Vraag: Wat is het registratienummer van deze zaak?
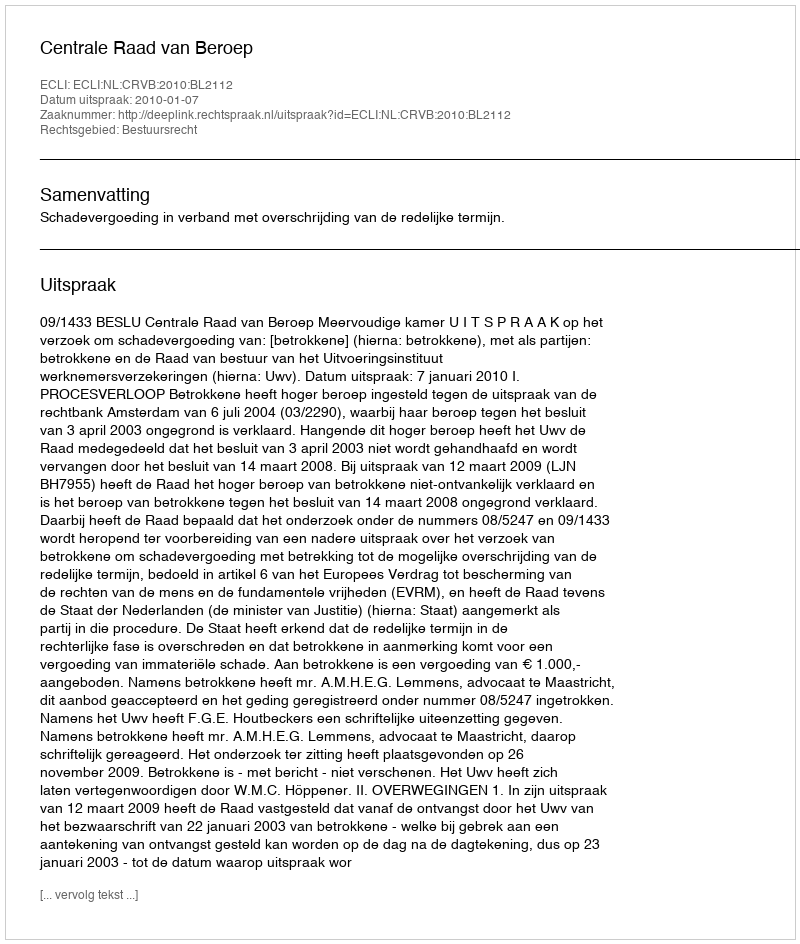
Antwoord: http://deeplink.rechtspraak.nl/uitspraak?id=ECLI:NL:CRVB:2010:BL2112